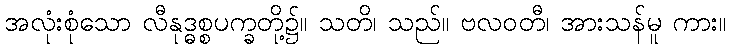
အလုံးစုံသော လီနုဒ္ဓစ္စပက္ခတို့၌။ သတိ၊ သည်။ ဗလဝတီ၊ အားသန်မူ ကား။